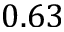
0 . 6 3